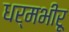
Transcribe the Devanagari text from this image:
धर्मभीरू